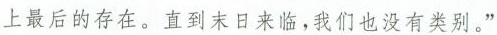
上最后的存在。直到末日来临，我们也没有类别。”